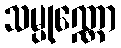
သမ္ပုဏ္ဏော